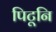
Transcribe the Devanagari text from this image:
पिटूनि